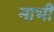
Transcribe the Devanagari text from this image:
नाभीं